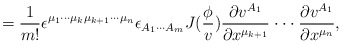
\begin{align*}=\frac 1{m!}\epsilon ^{\mu _1\cdot \cdot \cdot \mu _k\mu_{k+1}\cdot \cdot \cdot \mu _n}\epsilon _{A_1\cdot \cdot \cdot A_m}J(\frac\phi v)\frac{\partial v^{A_1}}{\partial x^{\mu _{k+1}}}\cdot \cdot \cdot \frac{\partial v^{A_1}}{\partial x^{\mu _n}},\end{align*}